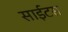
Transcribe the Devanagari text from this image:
साईटस